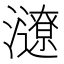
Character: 𤃜